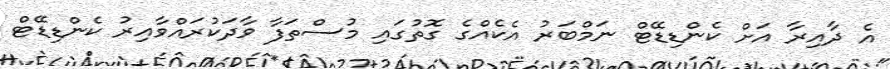
އެ ދާއިރާ އަށް ކެންޑިޑޭޓް ނަމްބަރު އެކެއްގެ ގޮތުގައި މުސްތަފާ ވާދަކުރައްވާއިރު ކެންޑިޑޭޓް